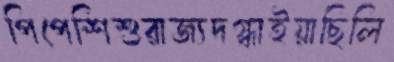
পিপেশিশুরাজ্যদগ্ধাইয়াছিলি